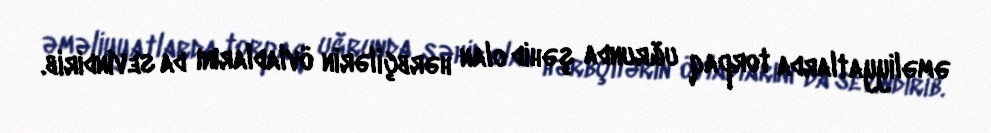
əməliyyatlarda torpaq uğrunda şəhid olan hərbçilərin övladlarını da sevindirib.